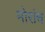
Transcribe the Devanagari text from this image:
मोरांचं